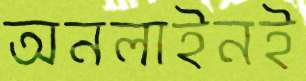
অনলাইনই